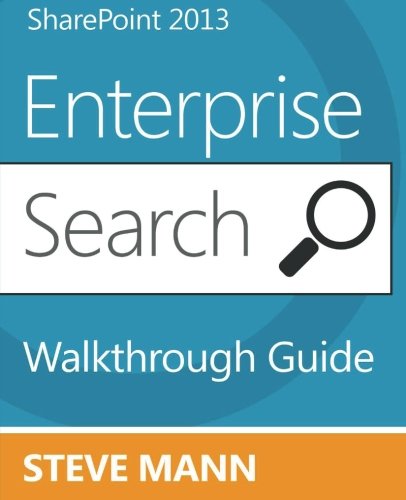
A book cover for SharePoint 2013 Enterprise Search Walkthrough Guide; Steven Mann; Computers & Technology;